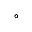
^ \circ